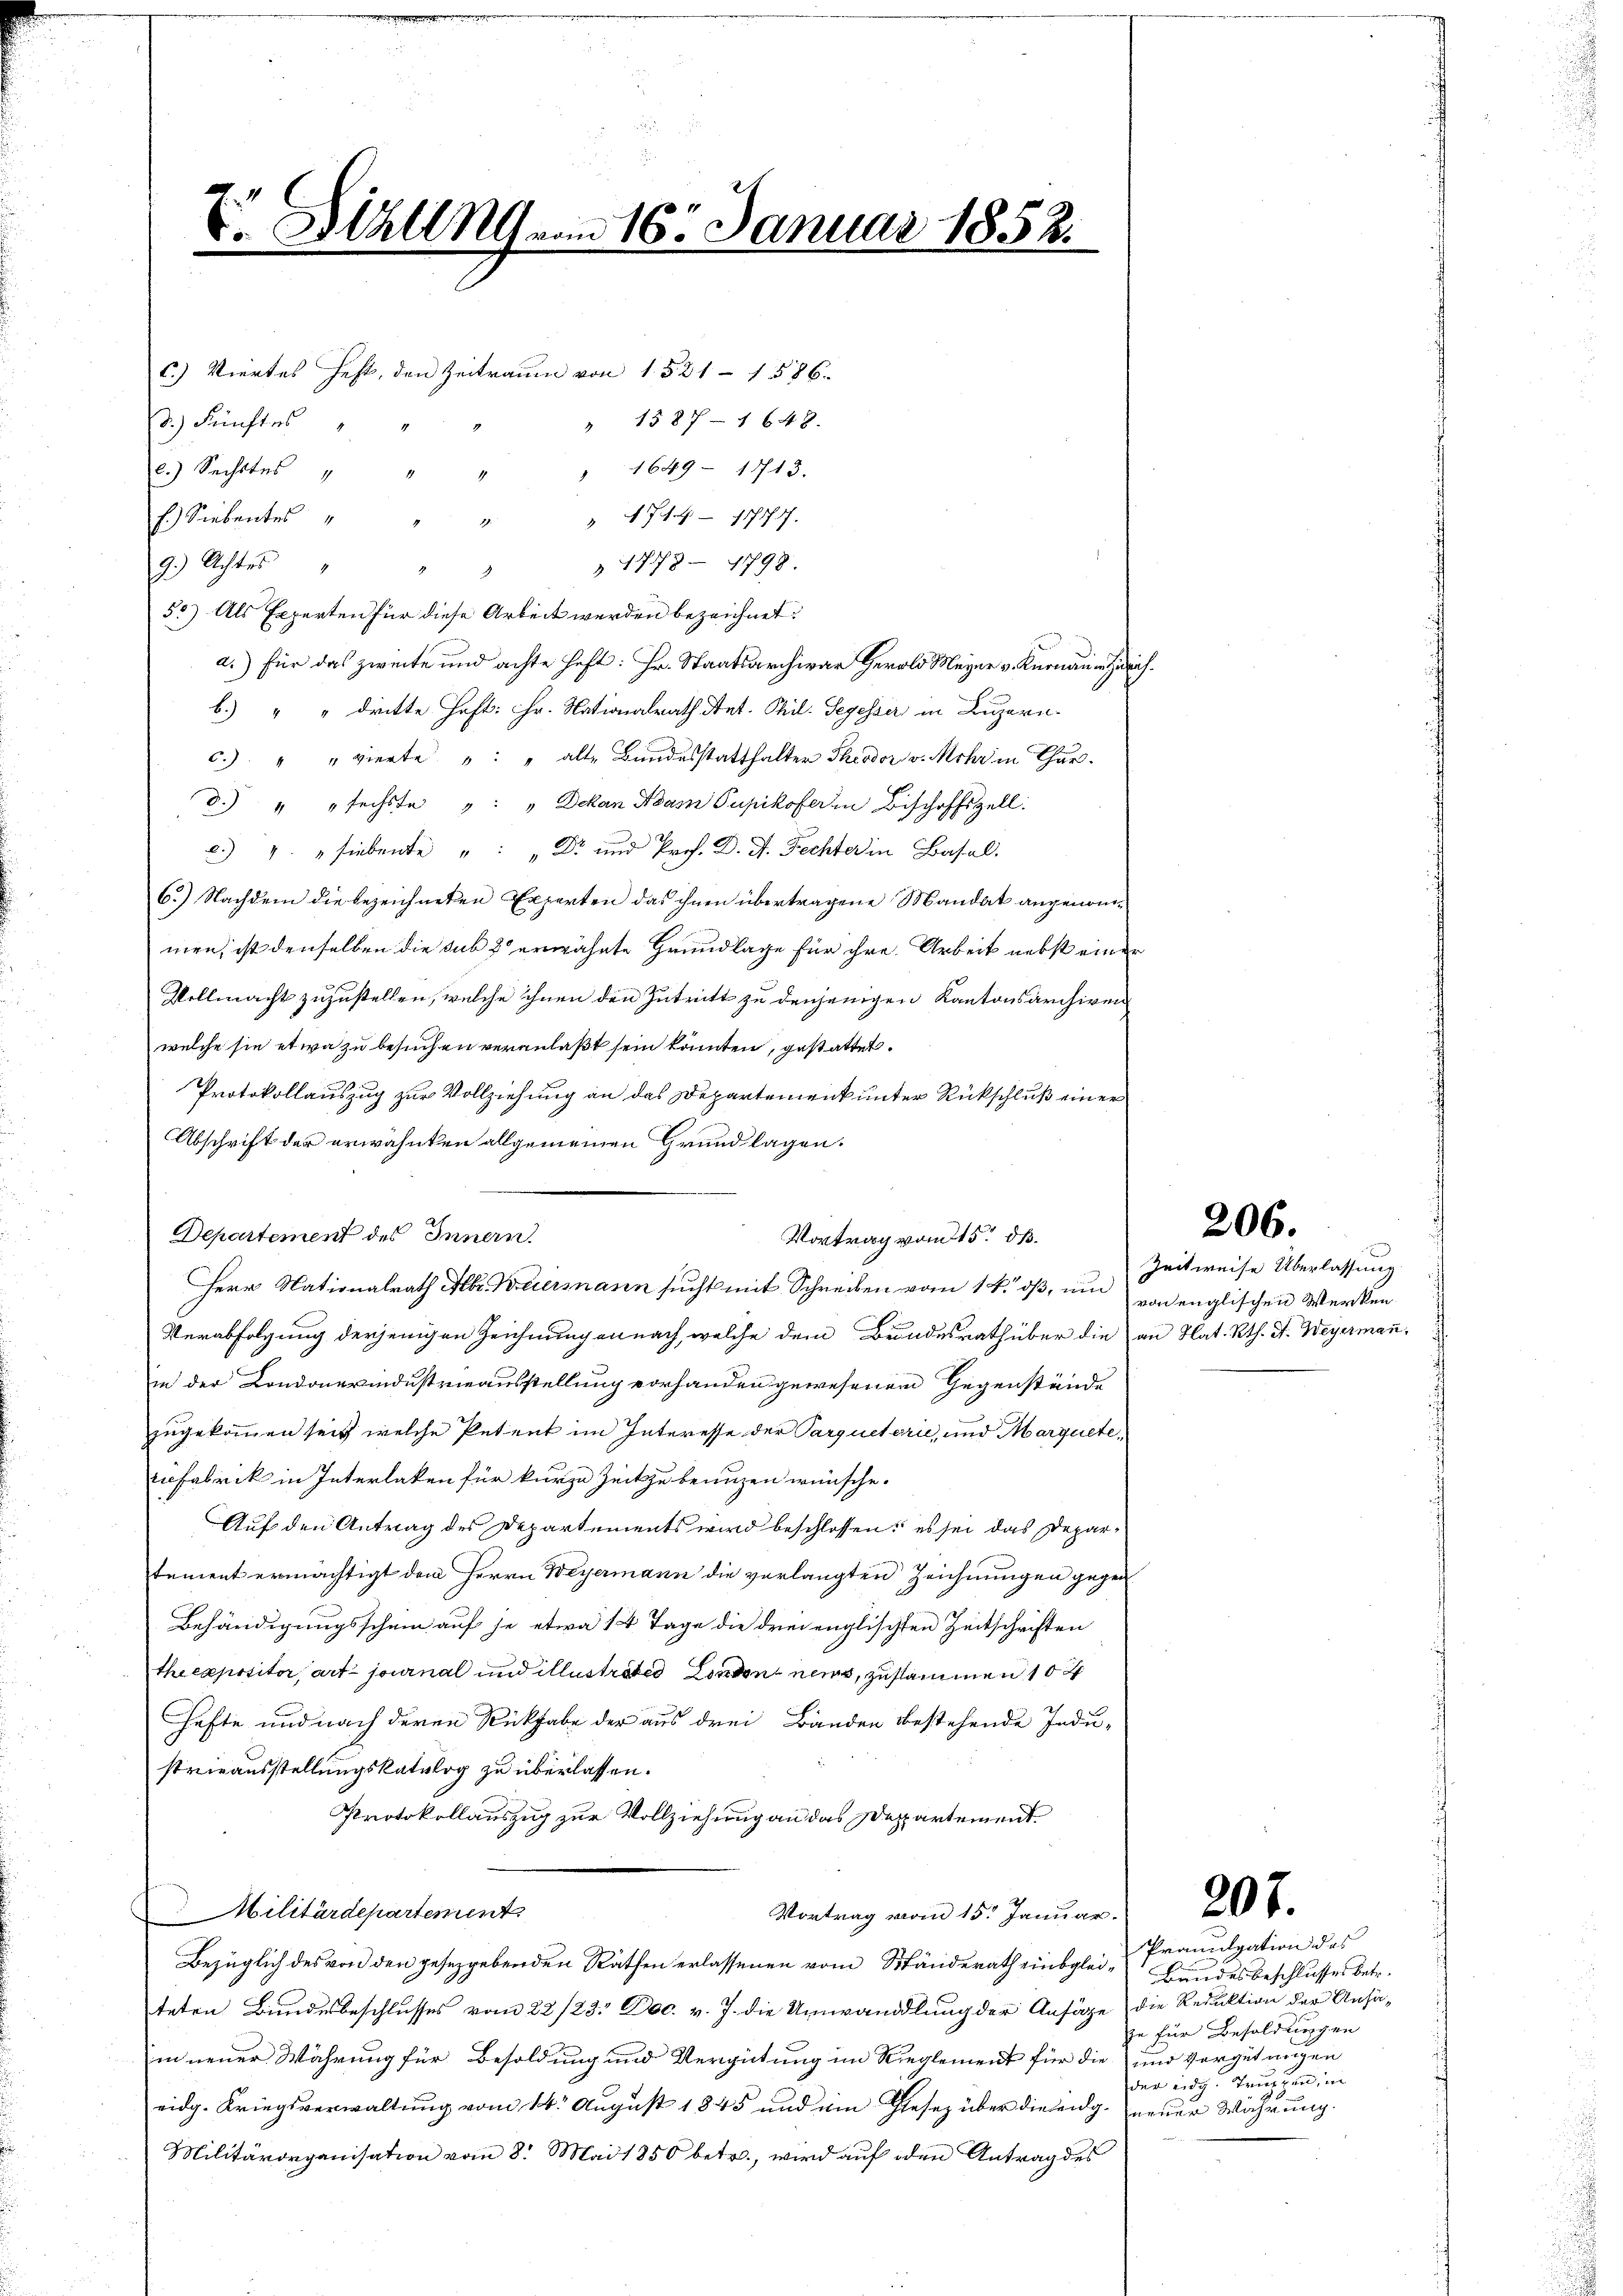
E. Stall No 16. Januar 1858.

d.) Fünftes
l.) Sechstes
f) Siebentes " " " " 471. 11 - 11777.
 1773. 1798.
9.) Achtes
55) Als Experten für diese Arbeit werden bezeichnet:
a.) Für das zweite und achte Heft: Hr. Staatsarchivar Herolo Meyer v. Knonaue Zürich
b.) " " dritte Heft: Hr. Nationalrath Ant. Thil- Segesser in Luzern.
c.) " " vierte " " alte Bundesstatthalter Theodor v. Mohr in Chur.
d.) " " fechste " " " Dekan Adam Pupikofer in Bischoffszell:
.) " " Fiebente " " " Dr. und Prof. D. J. Fechter in Basel.
6.) Nachdem die bezeichneten Experten das ihnen übertragene Mandat angenommen, ist denselben die sub 2 erwähnte Grundlage für ihre Arbeit nebst einer
Vellmacht zuzustellen, welche ihnen den Zutritt zu denjenigen Kantonsarchiven
welche sie etwa zu besuchen veranlaßt sein könnten, gestattet.
Protokollauszug zur Vollziehung an das Departement unter Rückschluß einer
Abschrift der erwähnten allgemeinen Grundlagen.
Departement des Innern
Herr Nationalrath Albr. Weiermann sucht mit Schreiben vom 14. dß, um von englischen Werken
Verabfolgung derjenigen Zeichnungen nach, welche dem Bundesrath über die an Nat. Rth. A. Weyermann.
in der Londonerindustrieausstellung vorhanden gewesenem Gegenstände
zugekommen sei, welche Petent im Interesse der Parqueterie, und Marquete,
ifabrik in Interlaken für kurze Zeit zu benuzen wünsche.
Auf den Antrag des Departements wird beschlossen: es sei das Deparement ermächtigt dem Herrn Weyermann die verlangten Zeichnungen gegen
Behändigungsschein auf je etwa 14 Tage die drei englischten Zeitschriften
theexpositor, art journal und illustratio Londonnen, zusammen 10 x
Hefte und nach deren Rükhabe der aus drei Bänden bestehende Indu-
strieausstellungskatalog zu überlassen.
Protokollauszug zur Vollziehung an das Departement¬
Montrag vom 15. Januar 20 x
Militärdepartement
Bezüglich des von den gesetzgebenden Räthen erlassenen vom Ständerath einbglei- Bundesbeschlusses betr.
teten Bundesbeschlusses vom 22/23. Dec. v. J. die Umwandlung der Ansäge, die Reduktion der Ansäin neuer Währung für Besoldung und Vergütung im Rieglement für die und Vergütungen
eidg. Kriegsverwaltung vom 14. August 1845 und ein Gesez über die eidg. neuer Währung.
Militärorganisation vom 8. Mai 1850 betr., wird auf den Antrag des

C.) Viertes Fest, den Zeitraum von 1521 - 1586.
" 1587 - 1648.
" 1649 - 11713.

Vortrag vom 15. dß.

Zeitweise Überlassung

206.

Promulgation des
zu für Besoldungen
der eidg. Truppen, in